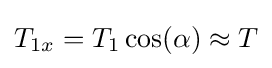
T_{1x}=T_{1}\cos(\alpha )\approx T